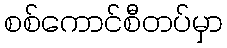
စစ်ကောင်စီတပ်မှာ